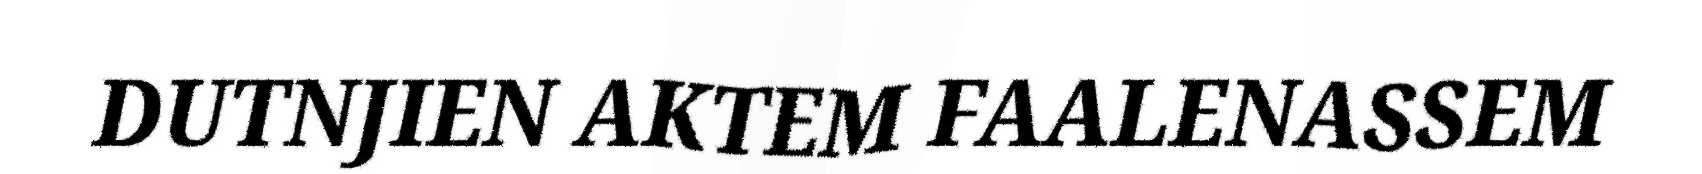
DUTNJIEN AKTEM FAALENASSEM